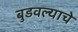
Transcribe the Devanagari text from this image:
बुडवल्याचे